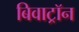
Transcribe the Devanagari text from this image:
बिवाट्रॉन